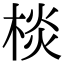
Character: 棪